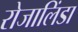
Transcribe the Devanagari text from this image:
रोजालिंडा